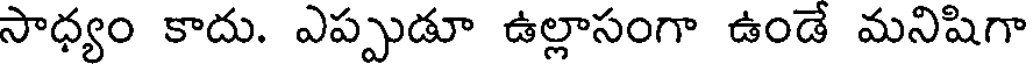
సాధ్యం కాదు. ఎప్పుడూ ఉల్లాసంగా ఉండే మనిషిగా